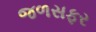
જળસફર